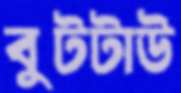
বুটটাউ